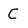
Character: C